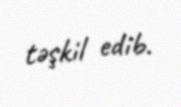
təşkil edib.